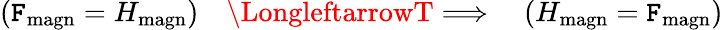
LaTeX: (\mathtt{F}_{\mathrm{{magn}}}=H_{\mathrm{{magn}}})\quad\LongleftarrowT\Longrightarrow\quad(H_{\mathrm{{magn}}}=\mathtt{F}_{\mathrm{{magn}}})